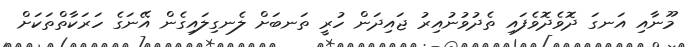
މޫނާއި އަނގަ ދޮވެދޮވެފައި ތެދުވުނުއިރު ޖައިދަން ހުރީ ތަނބަށް ލެނގިލައިގެން އޭނަގެ ހަރަކާތްތަކަށް